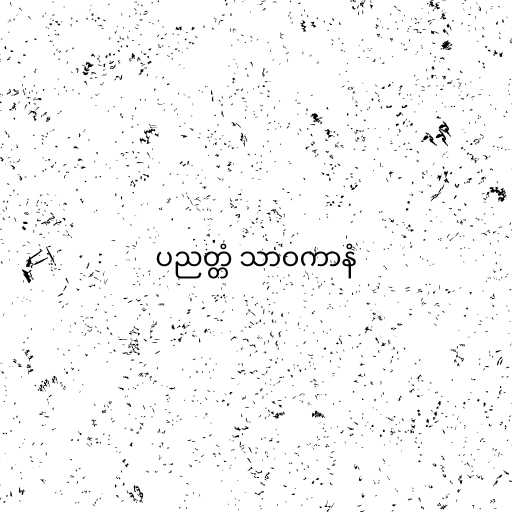
ပညတ္တံ သာဝကာနံ